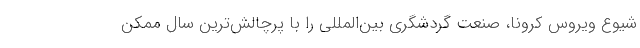
شیوع ویروس کرونا، صنعت گردشگری بین‌المللی را با پرچالش‌ترین سال ممکن